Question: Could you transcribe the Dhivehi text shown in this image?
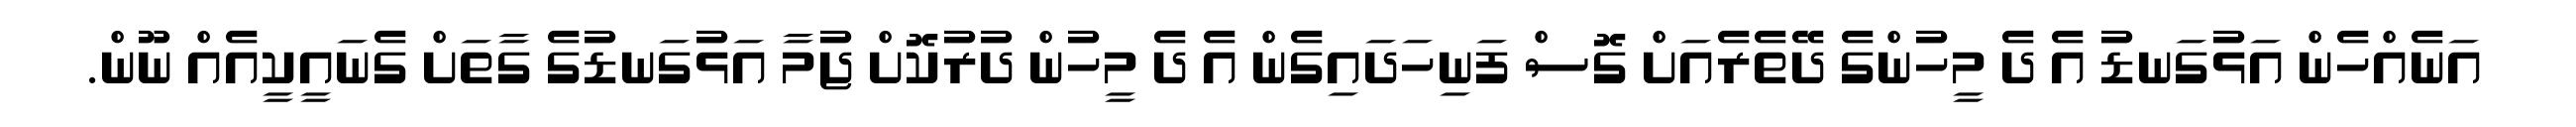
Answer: އަނެއްހެން އަޅުގަނޑު އެ ދެ މީހުންގެ ދޭތެރެއަށް ގޮސް ފަނިހަދައިގެން އެ ދެ މީހުން ދުރުކޮށް ޖުމާ އަޅުގަނޑުގެ ގާތަށް ގެނައީކީއެއް ނޫން.